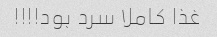
غذا کاملا سرد بود!!!!